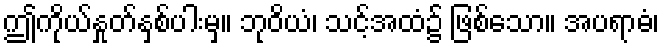
ဤကိုယ်နှုတ်နှစ်ပါးမှ။ ဘုဝိယံ၊ သင့်အထံ၌ ဖြစ်သော။ အပရာဓံ၊